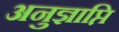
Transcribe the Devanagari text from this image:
अनुज्ञाप्ति